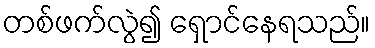
တစ်ဖက်လွဲ၍ ရှောင်နေရသည်။